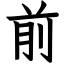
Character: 前